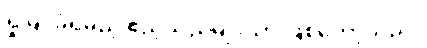
ရှုမြင်ခံရမည့် ဧည့်သည်မျိုးသာ ဖြစ်တော့သည်။